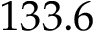
1 3 3 . 6